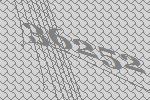
36252